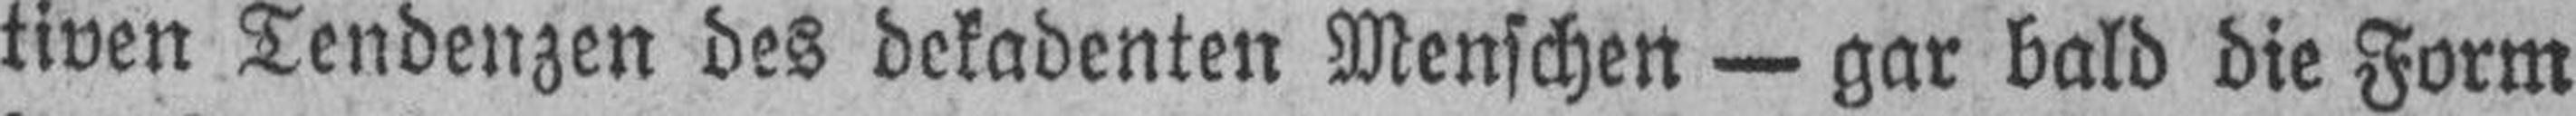
tiven Tendenzen des dekadenten Menschen — gar bald die Form